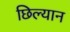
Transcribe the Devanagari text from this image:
छिल्यान